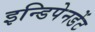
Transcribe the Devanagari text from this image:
इन्डिपेनडेंट